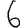
Digit: 6